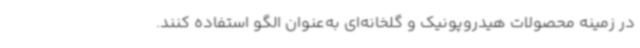
در زمینه محصولات هیدروپونیک و گلخانه‌ای به‌عنوان الگو استفاده کنند.